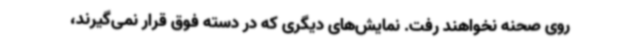
روی صحنه نخواهند رفت. نمایش‌های دیگری که در دسته فوق قرار نمی‌گیرند،